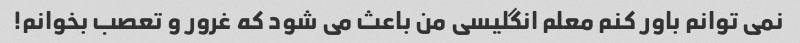
نمی توانم باور کنم معلم انگلیسی من باعث می شود که غرور و تعصب بخوانم!